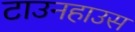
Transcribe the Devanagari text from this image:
टाउनहाउस